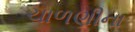
ચાળણીના